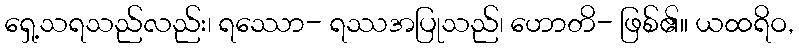
ရှေ့သရသည်လည်း၊ ရဿော- ရဿအပြုသည်၊ ဟောတိ- ဖြစ်၏။ ယထရိဝ,